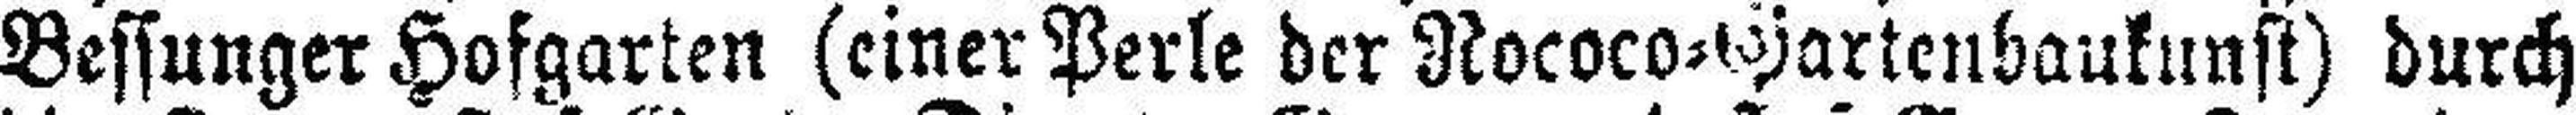
Bessunger Hofgarten (einer Perle der Nococo=Gartenbaukunst) durch